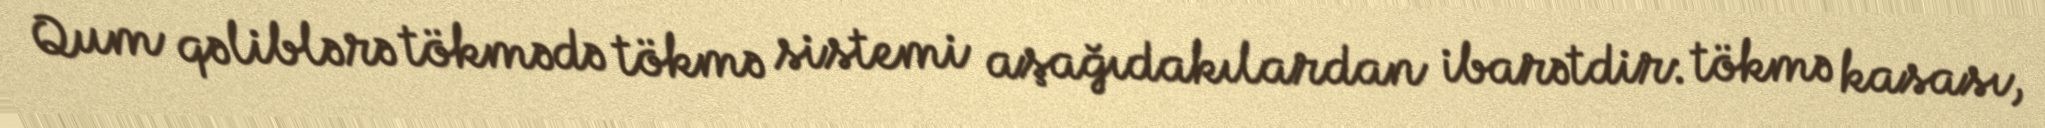
Qum qəliblərə tökmədə tökmə sistemi aşağıdakılardan ibarətdir: tökmə kasası,